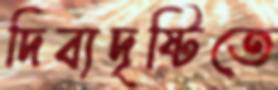
দিব্যদৃষ্টিতে